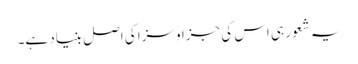
یہ شعور ہی اس کی جزا و سزا کی اصل بنیاد ہے۔